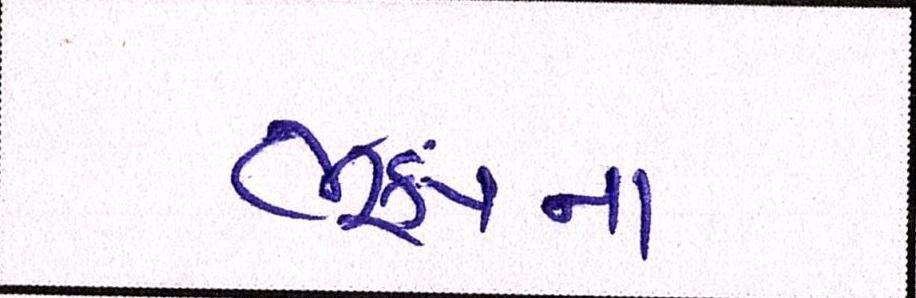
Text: ભૂકંપના